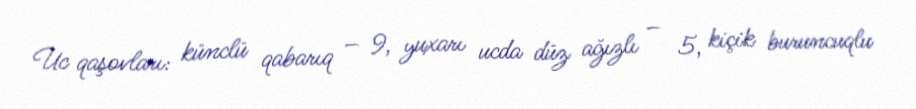
Uc qaşovları: künclü qabarıq – 9, yuxarı ucda düz ağızlı – 5, kiçik buruncuqlu